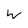
Character: W